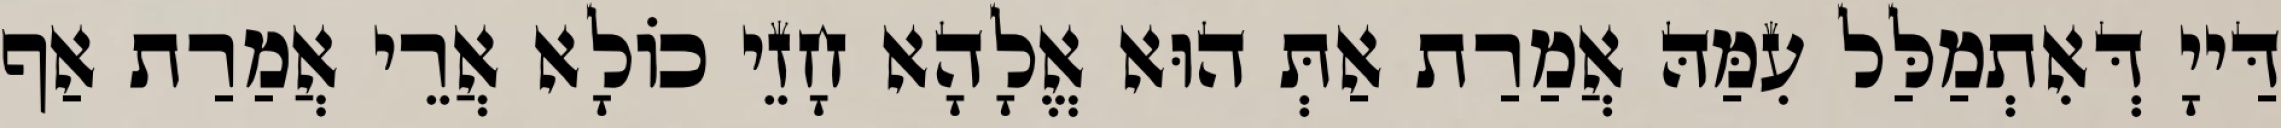
דַּייָ דְּאִתְמַלַּל עִמַּהּ אֲמַרַת אַתְּ הוּא אֱלָהָא חָזֵי כוֹלָא אֲרֵי אֲמַרַת אַף